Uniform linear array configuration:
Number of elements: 32
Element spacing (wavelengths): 0.5
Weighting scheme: hann
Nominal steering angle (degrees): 15
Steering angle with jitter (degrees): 13.032
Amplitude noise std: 0.05
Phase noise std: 0.05

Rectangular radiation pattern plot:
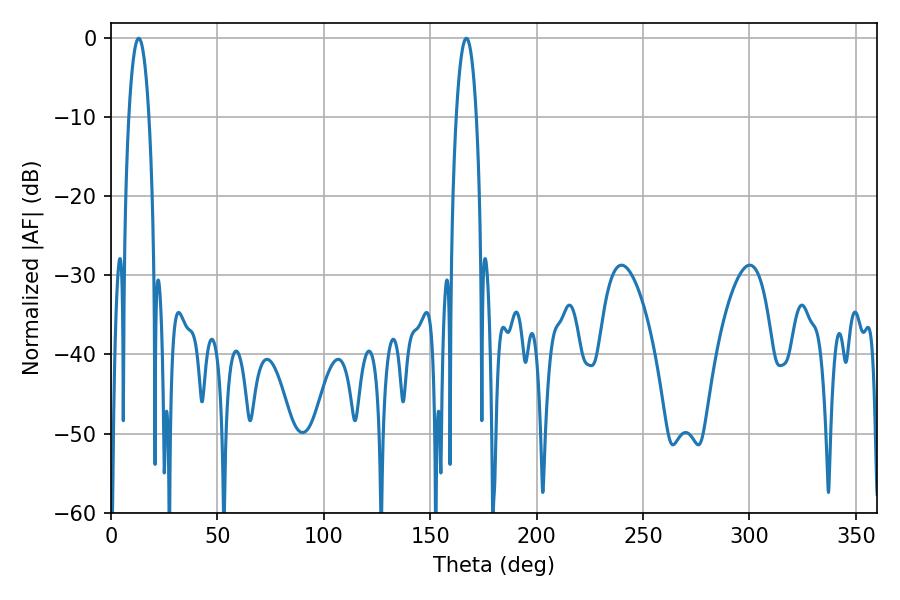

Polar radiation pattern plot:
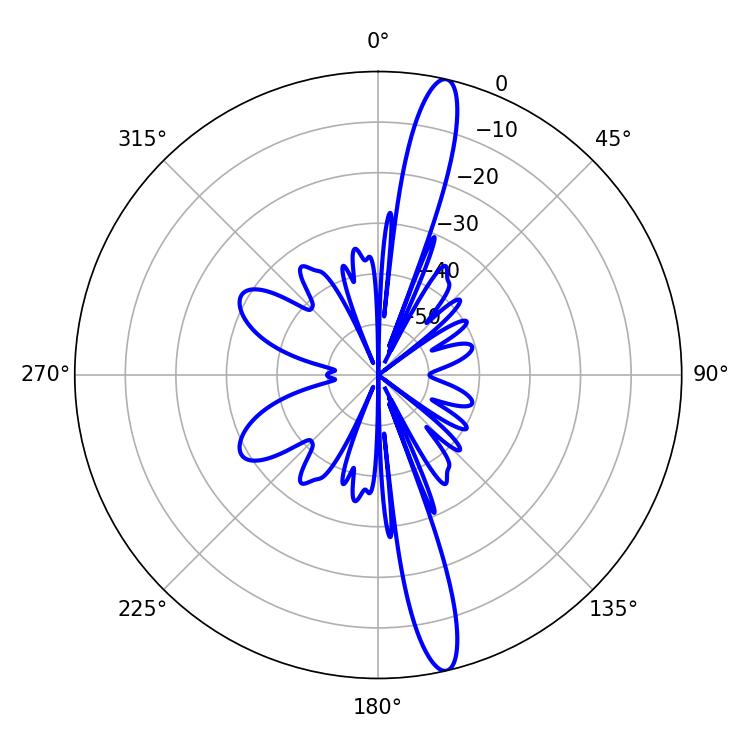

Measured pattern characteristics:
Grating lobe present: FALSE
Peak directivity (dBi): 16.576
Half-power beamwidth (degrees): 5.22
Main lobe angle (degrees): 12.96